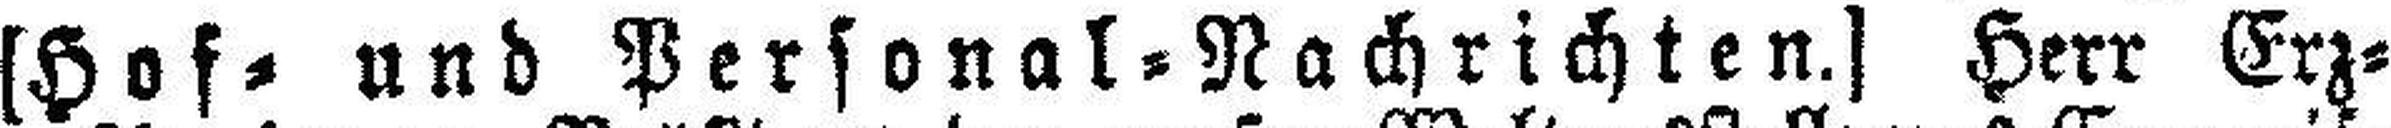
[Hof= und Personal=Nachrichten.] Herr Erz¬